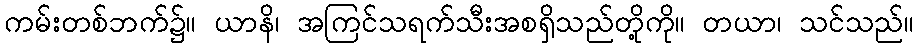
ကမ်းတစ်ဘက်၌။ ယာနိ၊ အကြင်သရက်သီးအစရှိသည်တို့ကို။ တယာ၊ သင်သည်။